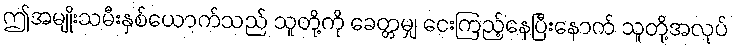
ဤအမျိုးသမီးနှစ်ယောက်သည် သူတို့ကို ခေတ္တမျှ ငေးကြည့်နေပြီးနောက် သူတို့အလုပ်